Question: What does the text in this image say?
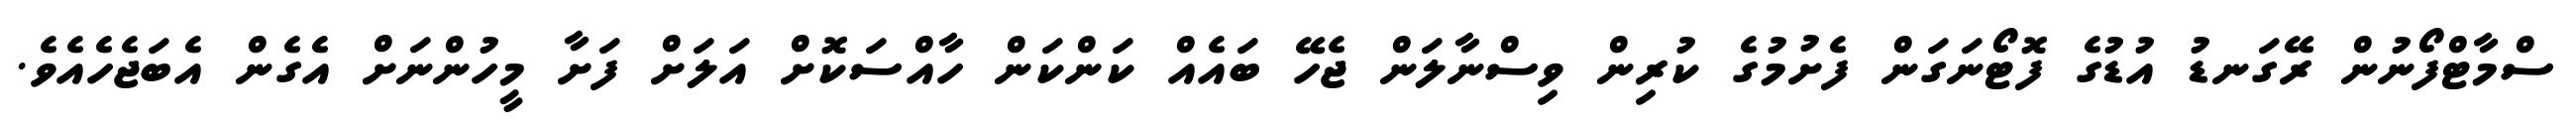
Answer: ސްމާޓްފޯނުން ރޭގަނޑު އުޑުގެ ފޮޓޯނަގަން ފެށުމުގެ ކުރިން ވިސްނާލަން ޖެހޭ ބައެއް ކަންކަން ހާއްސަކޮށް އަލަށް ފަށާ މީހުންނަށް އެގެން އެބަޖެހެއެވެ.